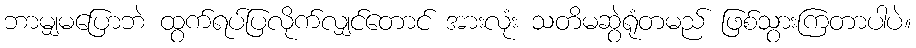
ဘာမျှမပြောဘဲ ထွက်ရပ်ပြလိုက်လျှင်တောင် အားလုံး သတိမဆွဲရုံတမည် ဖြစ်သွားကြတာပါပဲ။